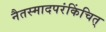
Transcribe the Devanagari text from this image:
नैतस्मादपरंकिंचित्